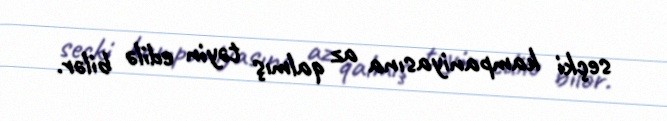
seçki kampaniyasına az qalmış təyin edilə bilər.